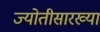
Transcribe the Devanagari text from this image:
ज्योतीसारख्या